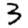
Digit: 3